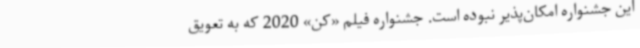
این جشنواره امکان‌پذیر نبوده است. جشنواره فیلم «کن» 2020 که به تعویق